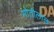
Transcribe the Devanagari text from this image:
माेतीलाल